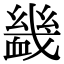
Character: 𧗇